Annual report of the Punjab Veterinary College and of the Civil Veterinary Department, Punjab - 1926-1932
Year: 1926
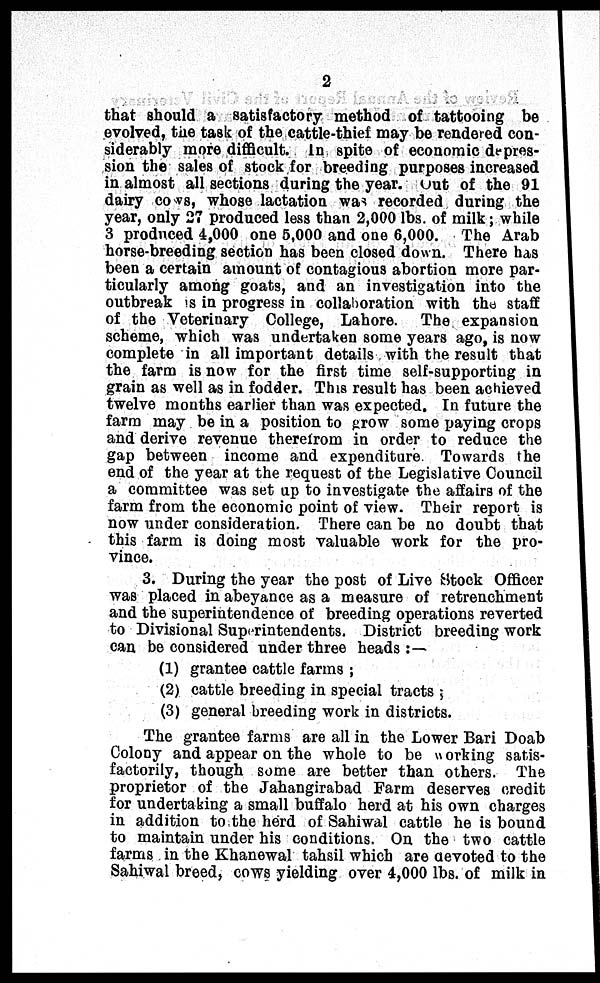
2
that should a satisfactory method of tattooing be
evolved, the task of the cattle-thief may be rendered con-
siderably more difficult. In spite of economic depres-
sion the sales of stock for breeding purposes increased
in almost all sections during the year. out of the 91
dairy cows, whose lactation was recorded during the
year, only 27 produced less than 2,000 lbs. of milk; while
3 produced 4,000 one 5,000 and one 6,000. The Arab
horse-breeding section has been closed down. There has
been a certain amount of contagious abortion more par-
ticularly among goats, and an investigation into the
outbreak is in progress in collaboration with the staff
of the Veterinary College, Lahore. The expansion
scheme, which was undertaken some years ago, is now
complete in all important details with the result that
the farm is now for the first time self-supporting in
grain as well as in fodder. This result has been achieved
twelve months earlier than was expected. In future the
farm may be in a position to grow some paying crops
and derive revenue therefrom in order to reduce the
gap between income and expenditure Towards the
end of the year at the request of the Legislative Council
a committee was set up to investigate the affairs of the
farm from the economic point of view. Their report is
now under consideration. There can be no doubt that
this farm is doing most valuable work for the pro-
vince.
3. During the year the post of Live Stock Officer
was placed in abeyance as a measure of retrenchment
and the superintendence of breeding operations reverted
to Divisional Superintendents. District breeding work
can be considered under three heads:—
(1) grantee cattle farms;
(2) cattle breeding in special tracts;
(3) general breeding work in districts.
The grantee farms are all in the Lower Bari Doab
Colony and appear on the whole to be working satis-
factorily, though some are better than others. The
proprietor of the Jahangirabad Farm deserves credit
for undertaking a small buffalo herd at his own charges
in addition to the herd of Sahiwal cattle he is bound
to maintain under his conditions. On the two cattle
farms in the Khanewal tahsil which are devoted to the
Sahiwal breed, cows yielding over 4,000 lbs. of milk in